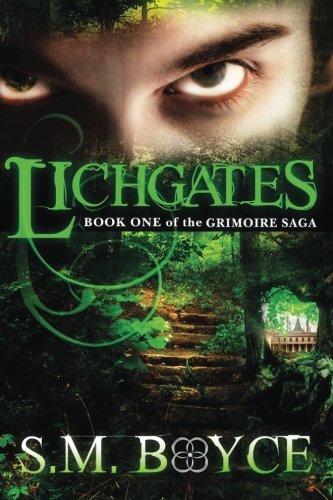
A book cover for Lichgates: Book One of the Grimoire Saga (Volume 1); S. M. Boyce; Science Fiction & Fantasy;